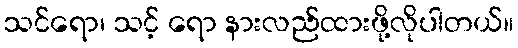
သင်ရော၊ သင့် ရော နားလည်ထားဖို့လိုပါတယ်။